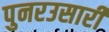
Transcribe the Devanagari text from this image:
पुनरउसारी